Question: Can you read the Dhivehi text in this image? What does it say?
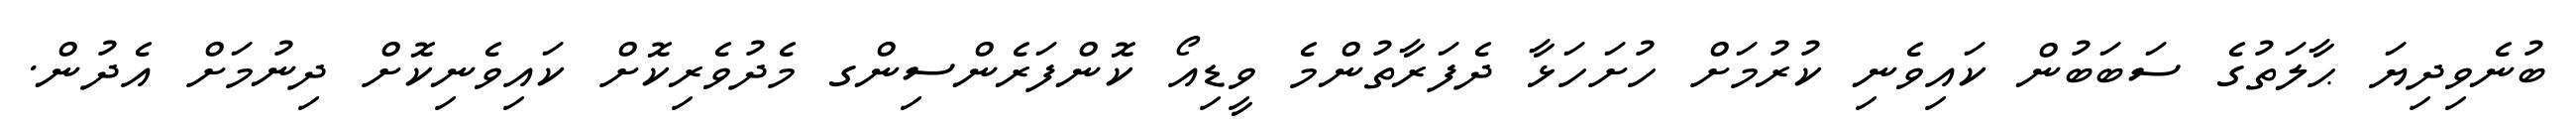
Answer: ބުނެވިދިޔަ ޙާލަތުގެ ސަބަބުން ކައިވެނި ކުރުމަށް ހުށަހަޅާ ދެފަރާތުންމެ ވީޑިއޯ ކޮންފަރެންސިންގ މެދުވެރިކޮށް ކައިވެނިކޮށް ދިނުމަށް އެދުން.